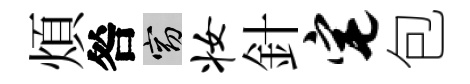
煩咎窈妆針宅包